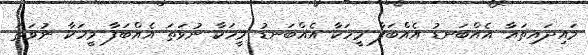
މައިދައިތައާ އެއްބަނޑު އެއްބަފާ މީހަކާ އެއްބަނޑު މީހަކާ ނުވަތަ އެއްބަފާ މީހަކާ ނުވަތަ